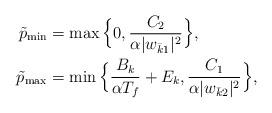
LaTeX: \begin{align*}\tilde{p}_{\mathrm{min}} &= \max\Big\{0, \frac{C_{2}}{\alpha|w_{\bar{k}1}|^2}\Big\}, \\\tilde{p}_{\mathrm{max}} &= \min\Big\{\frac{B_k}{\alpha T_f} + E_k, \frac{C_{1}}{\alpha|w_{\bar{k}2}|^2}\Big\}, \end{align*}